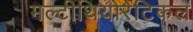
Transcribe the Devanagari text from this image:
मल्टीथियोरेटिकल